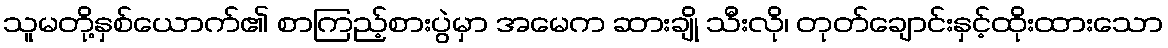
သူမတို့နှစ်ယောက်၏ စာကြည့်စားပွဲမှာ အမေက ဆားချို သီးလို၊ တုတ်ချောင်းနှင့်ထိုးထားသော